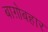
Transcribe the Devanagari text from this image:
बाग़ोबहार